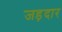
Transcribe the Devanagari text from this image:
जड़दार